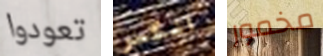
تعودوا انكسر مخمور